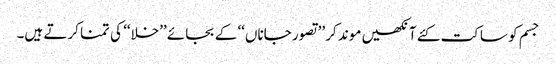
جسم کو ساکت کئے آنکھیں موند کر ’’تصور جاناں‘‘ کے بجائے ’’خلا‘‘ کی تمنا کرتے ہیں۔